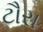
ટૌરા